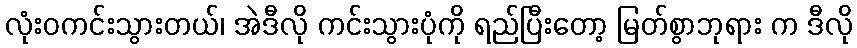
လုံးဝကင်းသွားတယ်၊ အဲဒီလို ကင်းသွားပုံကို ရည်ပြီးတော့ မြတ်စွာဘုရား က ဒီလို